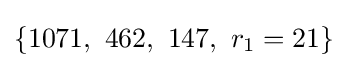
\{1071,\ 462,\ 147,\ r_{1}=21\}